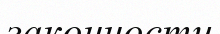
законности